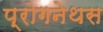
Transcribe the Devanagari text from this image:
प्रोगनेथस